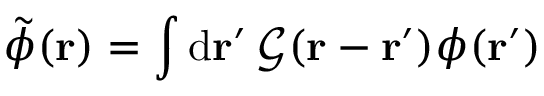
\tilde { \phi } ( \mathbf { r } ) = \int \mathrm { d } \mathbf { r ^ { \prime } } \, \mathcal { G } ( \mathbf { r } - \mathbf { r } ^ { \prime } ) \phi ( \mathbf { r ^ { \prime } } )